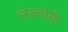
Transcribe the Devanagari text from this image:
लेक्लेर्क